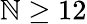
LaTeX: \mathbb{N}\ge12